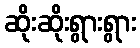
ဆိုးဆိုးရွားရွား